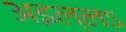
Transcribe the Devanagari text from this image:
अइल्लऽ